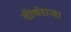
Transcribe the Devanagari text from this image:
तीर्थराज।